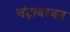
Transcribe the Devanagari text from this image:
चंद्रावरकर